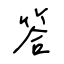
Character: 答